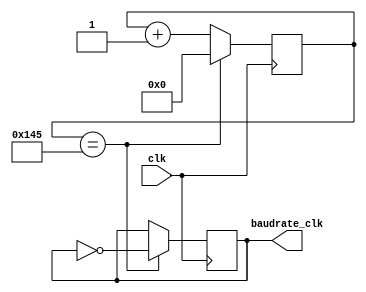
`timescale 1ns/1ns
module Generator(clk,baudrate_clk);
input clk;
output baudrate_clk;
reg baud_clk;
reg [8:0] baud_count;
assign baudrate_clk = baud_clk;
initial begin
  baud_clk <= 0;
  baud_count <= 0;
end
always @(posedge clk) begin
	if (baud_count == 325) begin
		baud_count <= 0;
		baud_clk <= ~baud_clk;
	end
	else begin
		baud_count <= baud_count + 1;
	end
end
endmodule